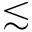
\lesssim